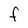
Character: F